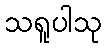
သရူပါသု